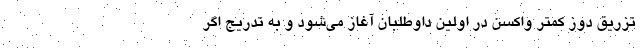
تزریق دوز کمتر واکسن در اولین داوطلبان آغاز می‌شود و به تدریج اگر